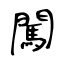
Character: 闖